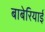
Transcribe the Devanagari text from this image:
बाबेरियाई